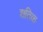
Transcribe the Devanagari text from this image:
शतिक